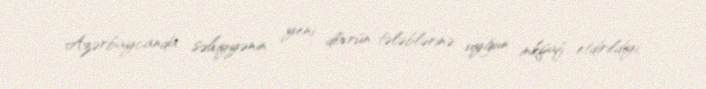
Azərbaycanda səhiyyənin yeni dövrün tələblərinə uyğun inkişaf etdirildiyi,